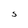
Character: S